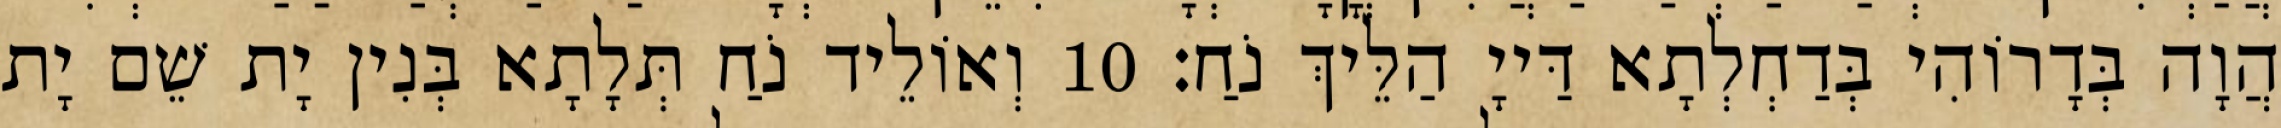
הֲוָה בְּדָרוֹהִי בְּדַחְלְתָא דַּייָ הַלֵּיךְ נֹחַ׃ 10 וְאוֹלֵיד נֹחַ תְּלָתָא בְּנִין יָת שֵׁם יָת